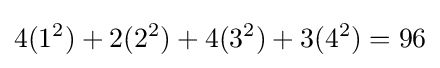
4(1^{2})+2(2^{2})+4(3^{2})+3(4^{2})=96